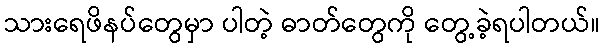
သားရေဖိနပ်တွေမှာ ပါတဲ့ ဓာတ်တွေကို တွေ့ခဲ့ရပါတယ်။